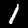
Digit: 1